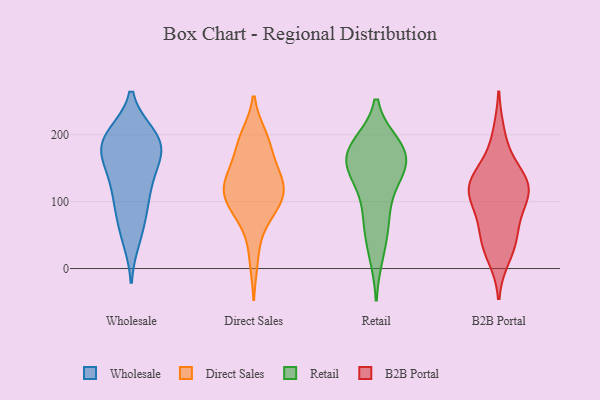
{"axis": {"x": "Page Views", "y": "Value"}, "legend": ["B2B Portal", "Direct Sales", "Retail", "Wholesale"], "data": [{"x": "", "y": 155, "type": "Wholesale"}, {"x": "", "y": 91, "type": "Wholesale"}, {"x": "", "y": 44, "type": "Wholesale"}, {"x": "", "y": 197, "type": "Wholesale"}, {"x": "", "y": 110, "type": "Wholesale"}, {"x": "", "y": 199, "type": "Wholesale"}, {"x": "", "y": 145, "type": "Wholesale"}, {"x": "", "y": 109, "type": "Wholesale"}, {"x": "", "y": 188, "type": "Wholesale"}, {"x": "", "y": 192, "type": "Wholesale"}, {"x": "", "y": 62, "type": "Wholesale"}, {"x": "", "y": 190, "type": "Wholesale"}, {"x": "", "y": 179, "type": "Wholesale"}, {"x": "", "y": 156, "type": "Wholesale"}, {"x": "", "y": 160, "type": "Direct Sales"}, {"x": "", "y": 119, "type": "Direct Sales"}, {"x": "", "y": 197, "type": "Direct Sales"}, {"x": "", "y": 166, "type": "Direct Sales"}, {"x": "", "y": 12, "type": "Direct Sales"}, {"x": "", "y": 85, "type": "Direct Sales"}, {"x": "", "y": 114, "type": "Direct Sales"}, {"x": "", "y": 131, "type": "Direct Sales"}, {"x": "", "y": 198, "type": "Direct Sales"}, {"x": "", "y": 191, "type": "Direct Sales"}, {"x": "", "y": 63, "type": "Direct Sales"}, {"x": "", "y": 98, "type": "Direct Sales"}, {"x": "", "y": 142, "type": "Direct Sales"}, {"x": "", "y": 119, "type": "Direct Sales"}, {"x": "", "y": 113, "type": "Direct Sales"}, {"x": "", "y": 123, "type": "Direct Sales"}, {"x": "", "y": 87, "type": "Direct Sales"}, {"x": "", "y": 173, "type": "Retail"}, {"x": "", "y": 65, "type": "Retail"}, {"x": "", "y": 149, "type": "Retail"}, {"x": "", "y": 145, "type": "Retail"}, {"x": "", "y": 175, "type": "Retail"}, {"x": "", "y": 166, "type": "Retail"}, {"x": "", "y": 75, "type": "Retail"}, {"x": "", "y": 120, "type": "Retail"}, {"x": "", "y": 182, "type": "Retail"}, {"x": "", "y": 172, "type": "Retail"}, {"x": "", "y": 23, "type": "Retail"}, {"x": "", "y": 44, "type": "B2B Portal"}, {"x": "", "y": 126, "type": "B2B Portal"}, {"x": "", "y": 154, "type": "B2B Portal"}, {"x": "", "y": 110, "type": "B2B Portal"}, {"x": "", "y": 111, "type": "B2B Portal"}, {"x": "", "y": 122, "type": "B2B Portal"}, {"x": "", "y": 57, "type": "B2B Portal"}, {"x": "", "y": 200, "type": "B2B Portal"}, {"x": "", "y": 122, "type": "B2B Portal"}, {"x": "", "y": 90, "type": "B2B Portal"}, {"x": "", "y": 19, "type": "B2B Portal"}, {"x": "", "y": 39, "type": "B2B Portal"}, {"x": "", "y": 130, "type": "B2B Portal"}]}